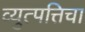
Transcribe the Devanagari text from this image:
व्युत्पत्तिचा